Reports on military cantonments and civil stations in the Presidency of Bombay inspected by the Sanitary Commissioner in the years 1875 and 1876
Year: 1875
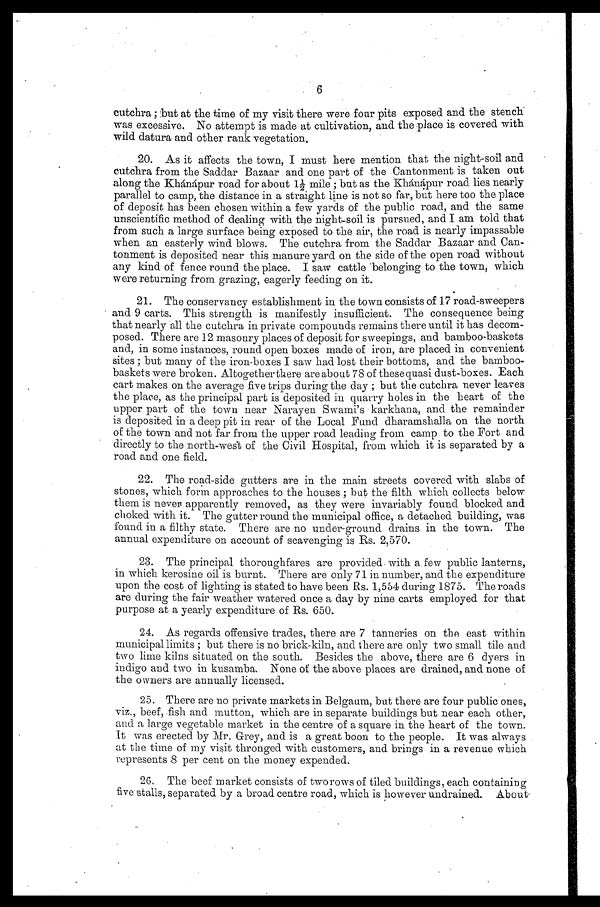
6
cutchra ; but at the time of my visit there were four pits exposed and the stench
was excessive. No attempt is made at cultivation, and the place is covered with
wild datura and other rank vegetation.
20. As it affects the town, I must here mention that the night-soil and
cutchra from the Saddar Bazaar and one part of the Cantonment is taken out
along the Khánápur road for about 1½mile ; but as the Khánápur road lies nearly
parallel to camp, the distance in a straight line is not so far, but here too the place
of deposit has been chosen within a few yards of the public road, and. the same
unscientific method of dealing with the night-soil is pursued, and I am told that
from such a large surface being exposed to the air, the road is nearly impassable
when an easterly wind blows. The cutchra from the Saddar Bazaar and Can--
tonment is deposited near this manure yard on the side of the open road without
any kind of fence round the place. I saw cattle belonging to the town, which
were returning from grazing, eagerly feeding on it.
21. The conservancy establishment in the town consists of 17 road-sweepers
and 9 carts. This strength is manifestly insufficient. The consequence being
that nearly all the cutchra in private compounds remains there until it has decom--
posed. There are 12 masonry places of deposit for sweepings, and bamboo- baskets
and, in some instances, round open boxes made of iron, are placed in convenient
sites ; but many of the iron-boxes I saw had lost their bottoms, and the bamboo-
baskets were broken. Altogether there are about 78 of these quasi dust-boxes. Each
cart makes on the average five trips during the day ; but the cutchra never leaves
the place, as the principal part is deposited in quarry holes in the heart of the
upper part of the town near Narayen Swami's karkhana, and the remainder
is deposited in a deep pit in rear of the Local Fund dharamshalla on the north
of the town and not far from the upper road leading from camp to the Fort and
directly to the north-west of the Civil Hospital, from which it is separated by a
road and one field.
22. The road-side gutters are in the main streets covered with slabs of
stones, which form approaches to the houses ; but the filth which collects below
them is never apparently removed, as they were invariably found blocked and
choked with it. The gutter round the municipal office, a detached building, was
found in a filthy state. There are no under-ground drains in the town. The
annual expenditure on account of scavenging is Rs. 2,570.
23. The principal thoroughfares are provided with a few public lanterns,
in which kerosine oil is burnt. There are only 71 in number, and the expenditure
upon the cost of lighting is stated to have been Rs. 1,554 during 1875. The roads
are during the fair weather watered once a day by nine carts employed for that
purpose at a yearly expenditure of Rs. 650.
24. As regards offensive trades, there are 7 tanneries on the east within
municipal limits ; but there is no brick-kiln, and there are only two small tile and
two lime kilns situated on the south. Besides the above, there are 6 dyers in
indigo and two in kusamba. None of the above places are drained, and none of
the owners are annually licensed.
25. There are no private markets in Belgaum, but there are four public ones,
viz., beef, fish and mutton, which are in separate buildings but near each other,
and a large vegetable market in the centre of a square in the heart of the town.
It was erected by Mr. Grey, and is a great boon to the people. It was always
at the time of my visit thronged with customers, and brings in a revenue which
represents 8 per cent on the money expended.
26. The beef market consists of tworows of tiled buildings, each containing
five stalls, separated by a broad centre road, which is however undrained. About